Leaving Certificate Examination (including Day School Certificate (Higher) General paper), 1927
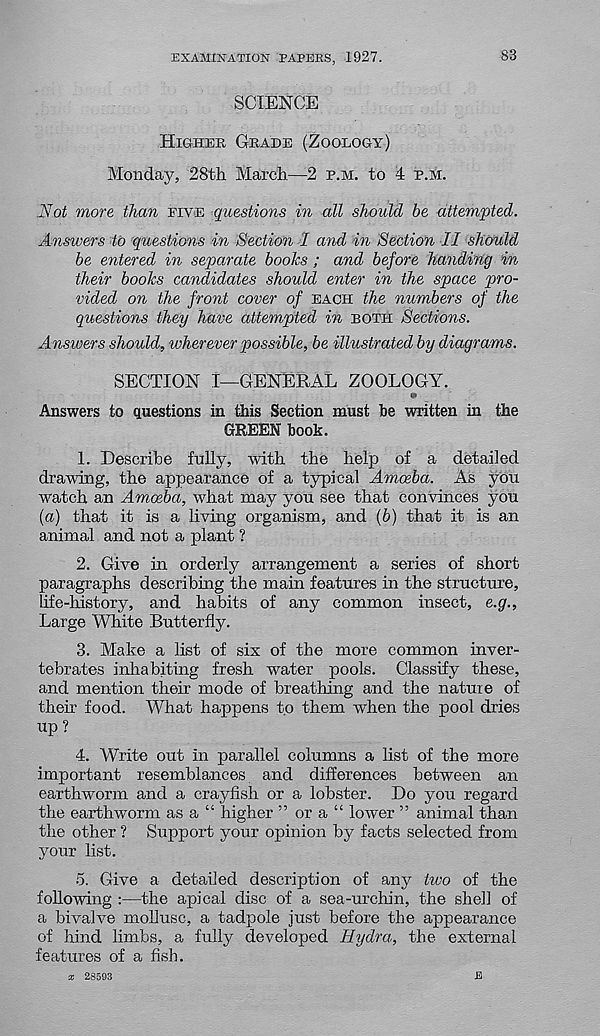
EXAMINATION PAPERS, 1927.
83
SCIENCE
Higher Grade (Zoology)
Monday, 28th March—2 r.m. to 4 p.m.
Not more than five questions in all should be attempted.
Answers to questions in Section I and in Section II should
be entered in separate books ; and before handing in
their books candidates should enter in the space pro-
vided on the front cover of each the numbers of the
questions they have attempted in both Sections.
Answers should, wherever possible, be illustrated by diagrams.
SECTION I—GENERAL ZOOLOGY.
«»
Answers to questions in this Section must be written in the
GREEN book.
1. Describe fully, with the help of a detailed
drawing, the appearance of a typical Amoeba. As you
watch an Amoeba, what may you see that convinces you
[a] that it is a living organism, and fb) that it is an
animal and not a plant ?
2. Give in orderly arrangement a series of short
paragraphs describing the main features in the structure,
life-history, and habits of any common insect, e.g..
Large White Butterfly.
3. Make a list of six of the more common inver-
tebrates inhabiting fresh water pools. Classify these,
and mention their mode of breathing and the nature of
theb food. What happens to them when the pool dries
up ?
4. Write out in parallel columns a list of the more
important resemblances and differences between an
earthworm and a crayfish or a lobster. Do you regard
the earthworm as a “ higher ” or a “ lower ” animal than
the other ? Support your opinion by facts selected from
your list.
5. Give a detailed description of any two of the
following :—the apical disc of a sea-urchin, the shell of
a bivalve mollusc, a tadpole just before the appearance
of hind limbs, a fully developed Hydra,, the external
features of a fish.
x 28593